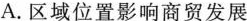
A. 区域位置影响商贸发展